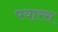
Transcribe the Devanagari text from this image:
पयारस